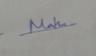
Signature authenticity: genuine